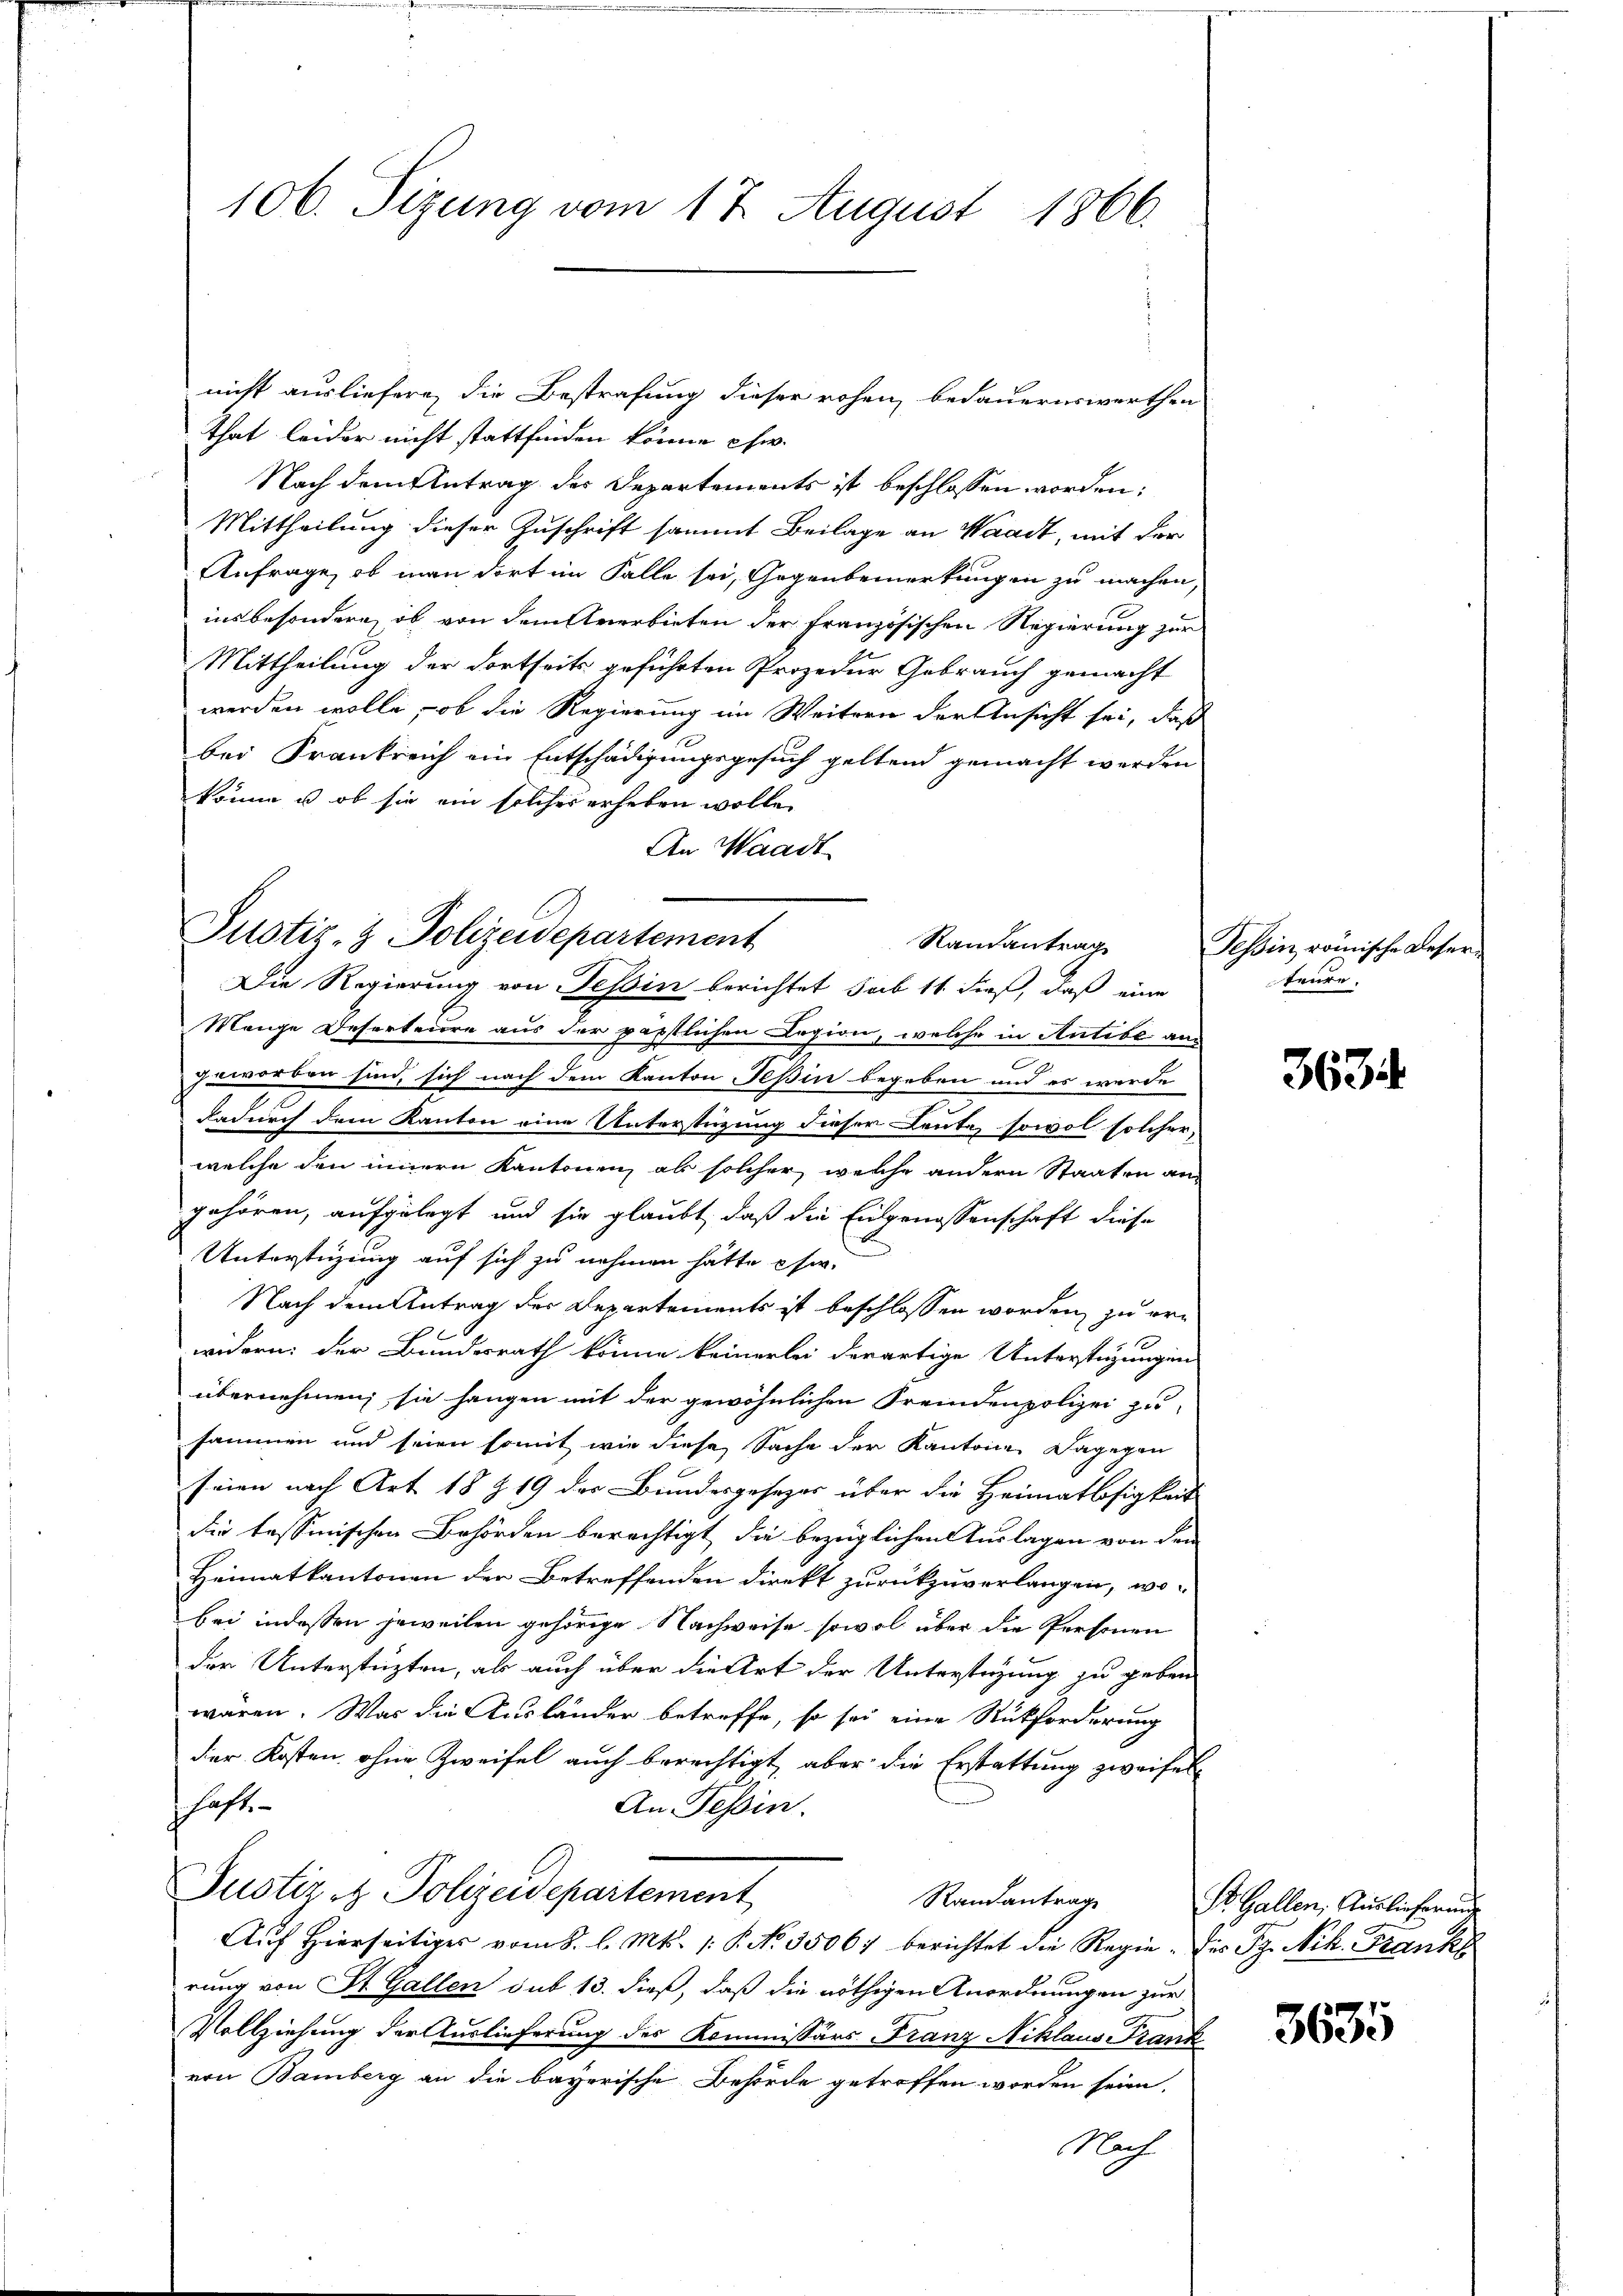
106. Sizung vom 17. August 1866.

nicht ausliefern, die Bestrafung dieser rohen, bedauernswerthen
that leider nicht stattfinden könne chw.
Nach dem Antrag des Departements ist beschlossen worden:
Mittheilung dieser Zuschrift sammt Beilage an Waadt, mit der
Anfrage, ob man dort im Falle sei, Gegenbemerkungen zu machen,
insbesondere, ob von dem Anerbieten der Französischen Regierung zur
Mittheilung der dortseits geführten Prozedur Gebrauch gemacht
werden wolle, ob die Regierung im Weitern der Ansicht sei, daß
bei Frankreich ein Entschädigungsgesuch geltend gemacht werden
könne u. ob sie ein solches erheben wolle.
An Waadt
Mange Deserteure aus der päpstlichen Legion, welche in Antibe angeworben sind, sich nach dem Kanton Teßin begeben und es werde
dadurch dem Kanton eine Unterstüzung dieser Leute, sowol solcher,
welche den innern Kantonen, als solcher, welche andern Staaten an
gehören, aufgelegt und sie glaubt, daß die Eingenossenschaft diese
Unterstüzung auf sich zu nehmen hätte ehe.
Nach dem Antrag des Departements ist beschlossen worden, zu erwidern: der Bundesrath könne keinerlei derartige Unterstützungen
übernehmen; sie hangen mit der gewöhnlichen Fremdenpolizei zu
sammen und seien somit wie diese Sache der Kantone dagegen
seien nach Art. 18 Z. 19 der Bundesgesezes über die Heimatlosigkeit
die tessinischen Behörden berechtigt, die bezüglichen Auslagen von den
Heimatkantonen der Betreffenden Direkt zurückzuverlangen, wo-
bei indessen jeweilen gehörige Nachweise sowol über die Personen
der Unterstüzten, als auch über die Art der Unterstüzung zu geben
wären. Was die Ausländer betreffe, so sei eine Rückforderung
der Kosten ohne Zweifel auch berechtigt, aber die Erstattung zweifel
haft.
An Tessin.
Justiz & Polizeidepartement
Randantrage
Aŭf Hierseitiges vom 8. l. Mts. 1. P. No. 3506) berichtet die Regie. Das P. Nik. Frank
rung von St. Gallen sub 13. dieß, daß die nöthigen Anordnungen zur
Vollziehung der Auslieferung des Kommissärs Franz Niklaus Frank
von Bamberg an die bayerische Behörde getroffen worden seien.
Nach

Justiz- & Polizeidepartement

Randantrag
Die Regierung von Tessin berichtet sub 11 dieß, daß eine

Tessin römische Leser-
teure.

3634.

Si. Gallen, Auslicherung

3635